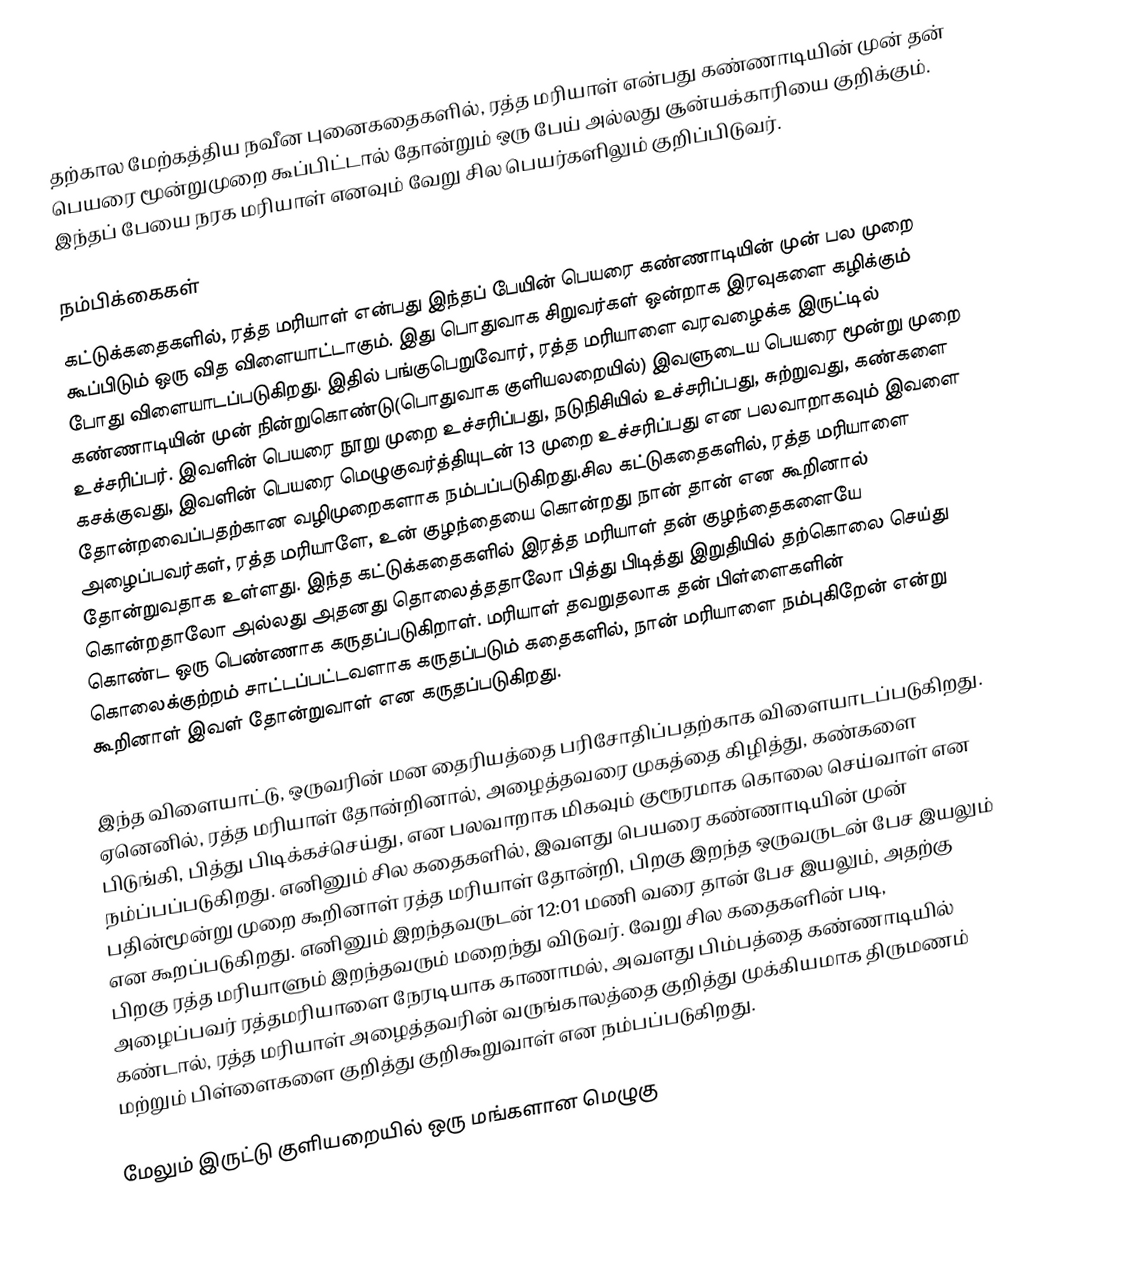
தற்கால மேற்கத்திய நவீன புனைகதைகளில், ரத்த மரியாள் என்பது கண்ணாடியின் முன் தன் பெயரை மூன்றுமுறை கூப்பிட்டால் தோன்றும் ஒரு பேய் அல்லது சூன்யக்காரியை குறிக்கும். இந்தப் பேயை நரக மரியாள் எனவும் வேறு சில பெயர்களிலும் குறிப்பிடுவர்.

நம்பிக்கைகள்
கட்டுக்கதைகளில், ரத்த மரியாள் என்பது இந்தப் பேயின் பெயரை கண்ணாடியின் முன் பல முறை கூப்பிடும் ஒரு வித விளையாட்டாகும். இது பொதுவாக சிறுவர்கள் ஒன்றாக இரவுகளை கழிக்கும் போது விளையாடப்படுகிறது.  இதில் பங்குபெறுவோர், ரத்த மரியாளை வரவழைக்க இருட்டில் கண்ணாடியின் முன் நின்றுகொண்டு(பொதுவாக குளியலறையில்) இவளுடைய பெயரை மூன்று முறை உச்சரிப்பர். இவளின் பெயரை நூறு முறை உச்சரிப்பது, நடுநிசியில் உச்சரிப்பது, சுற்றுவது, கண்களை கசக்குவது, இவளின் பெயரை மெழுகுவர்த்தியுடன் 13 முறை உச்சரிப்பது என பலவாறாகவும் இவளை தோன்றவைப்பதற்கான வழிமுறைகளாக நம்பப்படுகிறது.சில கட்டுகதைகளில், ரத்த மரியாளை அழைப்பவர்கள், ரத்த மரியாளே, உன் குழந்தையை கொன்றது நான் தான் என கூறினால் தோன்றுவதாக உள்ளது. இந்த கட்டுக்கதைகளில் இரத்த மரியாள் தன் குழந்தைகளையே கொன்றதாலோ அல்லது அதனது தொலைத்ததாலோ பித்து பிடித்து இறுதியில் தற்கொலை செய்து கொண்ட ஒரு பெண்ணாக கருதப்படுகிறாள். மரியாள் தவறுதலாக தன் பிள்ளைகளின் கொலைக்குற்றம் சாட்டப்பட்டவளாக கருதப்படும் கதைகளில், நான் மரியாளை நம்புகிறேன் என்று கூறினாள் இவள் தோன்றுவாள் என கருதப்படுகிறது.

இந்த விளையாட்டு, ஒருவரின் மன தைரியத்தை பரிசோதிப்பதற்காக விளையாடப்படுகிறது. ஏனெனில், ரத்த மரியாள் தோன்றினால், அழைத்தவரை முகத்தை கிழித்து, கண்களை பிடுங்கி, பித்து பிடிக்கச்செய்து, என பலவாறாக மிகவும் குரூரமாக கொலை செய்வாள் என நம்ப்பப்படுகிறது. எனினும் சில கதைகளில், இவளது பெயரை கண்ணாடியின் முன் பதின்மூன்று முறை கூறினாள் ரத்த மரியாள் தோன்றி,  பிறகு இறந்த ஒருவருடன் பேச இயலும் என கூறப்படுகிறது. எனினும் இறந்தவருடன் 12:01 மணி வரை தான் பேச இயலும், அதற்கு பிறகு ரத்த மரியாளும் இறந்தவரும் மறைந்து விடுவர்.  வேறு சில கதைகளின் படி, அழைப்பவர் ரத்தமரியாளை நேரடியாக காணாமல், அவளது பிம்பத்தை கண்ணாடியில் கண்டால், ரத்த மரியாள் அழைத்தவரின் வருங்காலத்தை குறித்து முக்கியமாக திருமணம் மற்றும் பிள்ளைகளை குறித்து குறிகூறுவாள் என நம்பப்படுகிறது.

மேலும் இருட்டு குளியறையில் ஒரு மங்களான மெழுகு